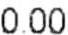
0.00